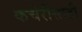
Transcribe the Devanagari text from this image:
कचेरींसाठी